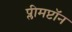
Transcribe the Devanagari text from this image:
प्लीमप्टॉन